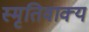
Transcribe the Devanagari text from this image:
स्मृतिवाक्य